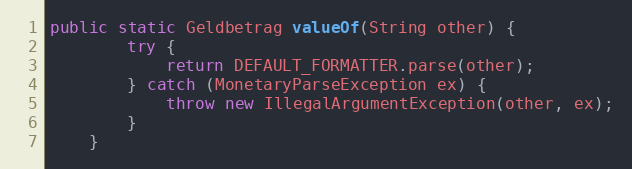
Language: Java
public static Geldbetrag valueOf(String other) {
        try {
            return DEFAULT_FORMATTER.parse(other);
        } catch (MonetaryParseException ex) {
            throw new IllegalArgumentException(other, ex);
        }
    }